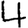
Digit: 4